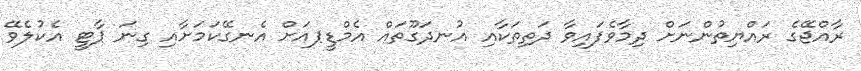
ރާއްޖޭގެ ރައްޔިތުންނަށް ދިމާވެފައިވާ ދަތިތަކާއި އުނދަގޫތައް އެމްޑީޕއަށް އެނގޭކަމަށާއި ގިނަ ޕާޓީ އެކުލެވޭ